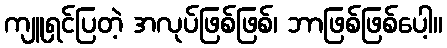
ကျူရှင်ပြတဲ့ အလုပ်ဖြစ်ဖြစ်၊ ဘာဖြစ်ဖြစ်ပေါ့။